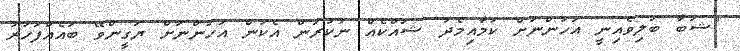
"ޝަބާ ބަލިވެއިނީ އަހަންނަށް ކަމާއިމެދު ޝައްކެއް ނުކުރަން އެކަން އަހަންނަށް ޔަގީންވޭ ބައެއްފަހަރު